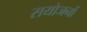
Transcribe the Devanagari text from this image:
सयोजनों